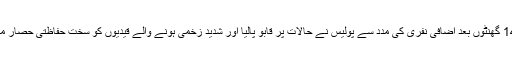
جیل حکام 14 گھنٹے تک خونی تصادم کو روکنے میں یکسر ناکام رہے تاہم 14 گھنٹوں بعد اضافی نفری کی مدد سے پولیس نے حالات پر قابو پالیا اور شدید زخمی ہونے والے قیدیوں کو سخت حفاظتی حصار میں اسپتال منتقل کیا جب کہ معمولی زخمیوں کو جیل میں ہی طبی امداد دی گئی۔